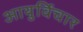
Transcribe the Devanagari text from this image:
आयुर्विचार